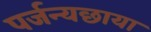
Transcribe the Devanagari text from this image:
पर्जन्यछाया